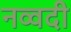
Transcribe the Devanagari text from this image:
नव्वदी